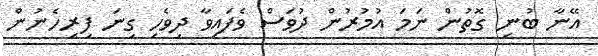
އޭނާ ބުނި ގޮތުން ނަމަ އުމުރުން ދުވަސް ވެފައިވާ ދިވެހި ގިނަ ފިރިހެނުން